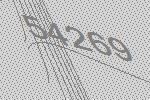
54269